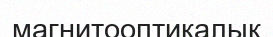
магнитооптикалық